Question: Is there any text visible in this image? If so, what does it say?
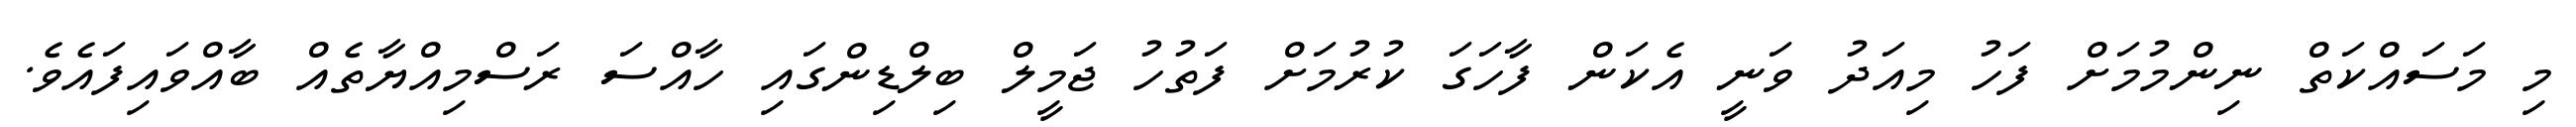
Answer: މި މަސައްކަތް ނިންމުމަށް ފަހު މިއަދު ވަނީ އެކަން ފާހަގަ ކުރުމަށް ފަތުހު ޖަމީލް ބިލްޑިންގައި ހާއްސަ ރަސްމިއްޔާތެއް ބާއްވައިފައެވެ.